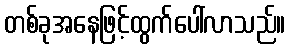
တစ်ခုအနေဖြင့်ထွက်ပေါ်လာသည်။